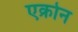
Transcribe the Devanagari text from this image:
एक्रोन